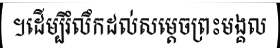
។ដើម្បីរំលឹកដល់សម្តេចព្រះមង្គល